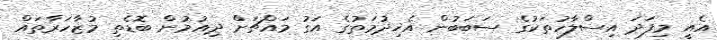
އެއީ މިފަދަ އިސްލާހުތަކުގެ ސަބަބުން އެޚިދުމަތުގެ އަގު މައްޗަށް ދިއުމުން ބޮޑެތި މުޒާހަރާތައް